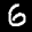
Label: 6